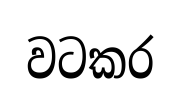
වටකර